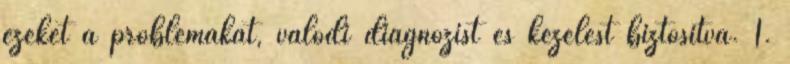
ezeket a problémákat, valódi diagnózist és kezelést biztosítva. 1.